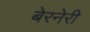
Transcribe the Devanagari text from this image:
बेरनेरी